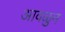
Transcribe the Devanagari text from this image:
आवळुन